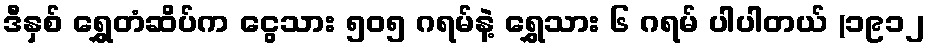
ဒီနှစ် ရွှေတံဆိပ်က ငွေသား ၅၀၅ ဂရမ်နဲ့ ရွှေသား ၆ ဂရမ် ပါပါတယ် (၁၉၁၂